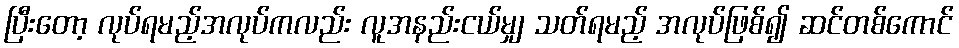
ပြီးတော့ လုပ်ရမည့်အလုပ်ကလည်း လူအနည်းငယ်မျှ သတ်ရမည့် အလုပ်ဖြစ်၍ ဆင်တစ်ကောင်